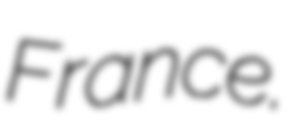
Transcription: France.